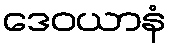
ဒေဝယာနံ